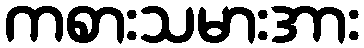
ကစားသမားအား